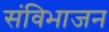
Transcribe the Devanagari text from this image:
संविभाजन